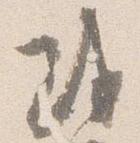
或